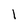
Character: 1